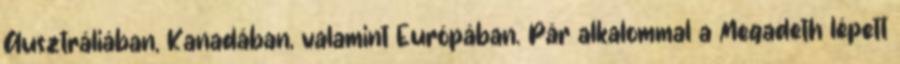
Ausztráliában, Kanadában, valamint Európában. Pár alkalommal a Megadeth lépett